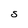
Character: S